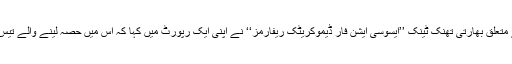
بھارت کے آخری انتخابات کے متعلق بھارتی تھنک ٹینک ’’ایسوسی ایشن فار ڈیموکریٹک ریفارمز‘‘ نے اپنی ایک رپورٹ میں کہا کہ اس میں حصہ لینے والے تیس فیصدا میدوار جرائم پیشہ تھے۔